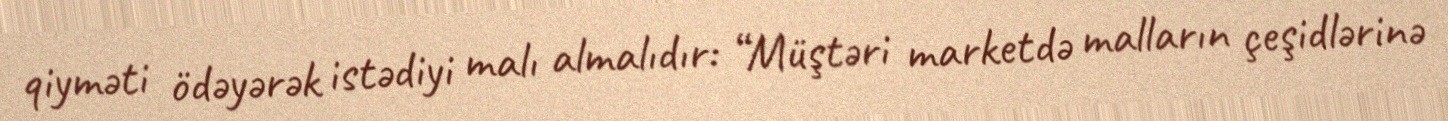
qiyməti ödəyərək istədiyi malı almalıdır: “Müştəri marketdə malların çeşidlərinə